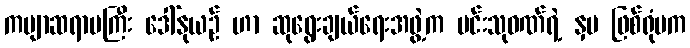
ကဗျာဆရာမကြီး ဒေါ်နုယဉ် ဟာ ဆုရွေးချယ်ရေးအဖွဲ့က မင်းသုဝဏ်ရဲ့ နှမ ဖြစ်ရုံမက